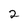
Character: 2